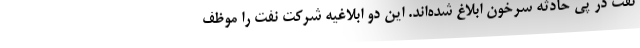
نفت در پي حادثه سرخون ابلاغ شده‌اند. اين دو ابلاغيه شركت نفت را موظف